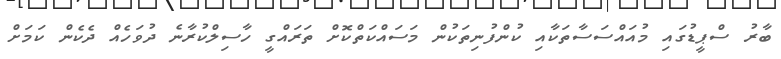
ބާރު ސްޕީޑުގައި މުއައްސަސާތަކާއި ކުންފުނިތަކުން މަސައްކަތްކޮށް ތަރައްގީ ހާސިލްކުރާނެ ދުވަހެއް ދެކެން ކަމަށް